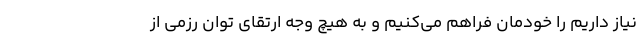
نیاز داریم را خودمان فراهم می‌کنیم و به هیچ وجه ارتقای توان رزمی از